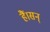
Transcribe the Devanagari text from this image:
हैं।सन्